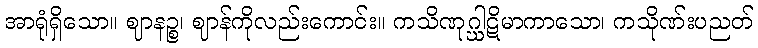
အာရုံရှိသော။ ဈာနဉ္စ၊ ဈာန်ကိုလည်းကောင်း။ ကသိဏုဂ္ဃါဋိမာကာသော၊ ကသိုဏ်းပညတ်